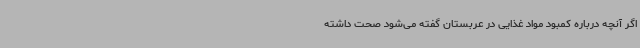
اگر آنچه درباره کمبود مواد غذایی در عربستان گفته می‌شود صحت داشته